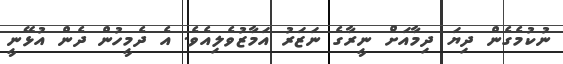
ނުކުމެގެން ދިޔަ ދިމާއަށް ނީރާގެ ނަޒަރު އަމާޒުވެލިއެވެ. އެ ދެމީހުން ދެން އުޅޭނީ